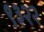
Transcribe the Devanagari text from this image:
९३२२